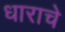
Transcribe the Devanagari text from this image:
धाराचे